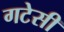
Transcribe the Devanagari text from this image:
गटेसी